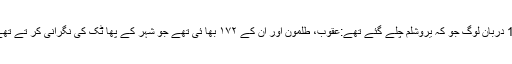
19 دربان لوگ جو کہ يروشلم چلے گئے تھے:عقُوب، طلُمون اور ان کے ۱۷۲ بھا ئی تھے جو شہر کے پھا ٹک کی نگرانی کر تے تھے۔